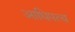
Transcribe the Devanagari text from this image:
अाधिपत्य